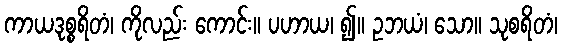
ကာယဒုစ္စရိတံ၊ ကိုလည်း ကောင်း။ ပဟာယ၊ ၍။ ဥဘယံ၊ သော။ သုစရိတံ၊